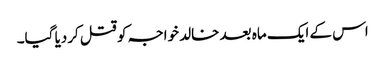
اس کے ایک ماہ بعد خالد خواجہ کو قتل کردیا گیا۔